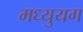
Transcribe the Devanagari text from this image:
मध्युयग